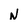
Character: N